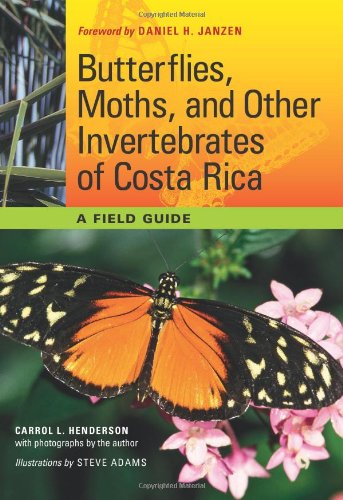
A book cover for Butterflies, Moths, and Other Invertebrates of Costa Rica: A Field Guide (The Corrie Herring Hooks Series); Carrol L. Henderson; Travel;